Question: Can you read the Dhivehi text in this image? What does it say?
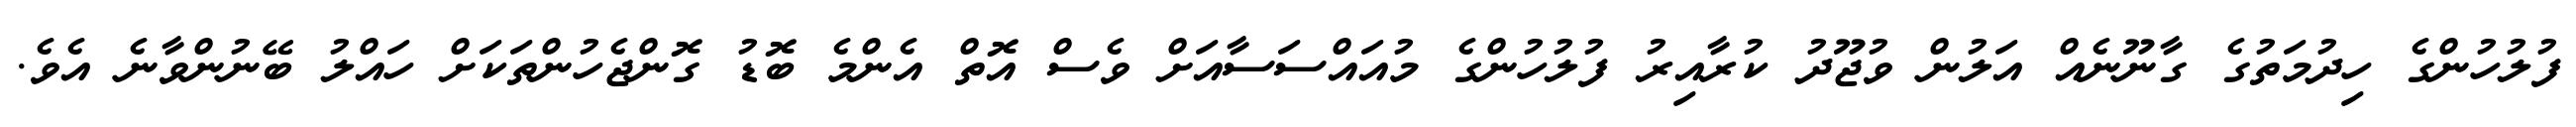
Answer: ފުލުހުންގެ ހިދުމަތުގެ ގާނޫނެއް އަލުން ވުޖޫދު ކުރާއިރު ފުލުހުންގެ މުއައްސަސާއަށް ވެސް އޮތް އެންމެ ބޮޑު ގޮންޖެހުންތަކަށް ހައްލު ބޭނުންވާނެ އެވެ.